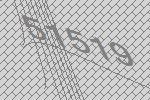
51519